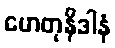
ဟေတုနိဒါနံ